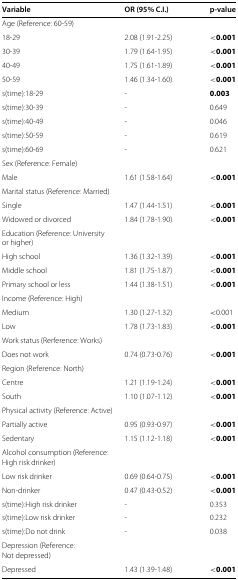
<table><thead><tr><td><b>Variable</b></td><td><b>OR (95% C.I.)</b></td><td><b>p-value</b></td></tr></thead><tbody><tr><td colspan="3">Age (Reference: 60-59)</td></tr><tr><td>18-29</td><td>2.08 (1.91-2.25)</td><td><b>&lt;0.001</b></td></tr><tr><td>30-39</td><td>1.79 (1.64-1.95)</td><td><b>&lt;0.001</b></td></tr><tr><td>40-49</td><td>1.75 (1.61-1.89)</td><td><b>&lt;0.001</b></td></tr><tr><td>50-59</td><td>1.46 (1.34-1.60)</td><td><b>&lt;0.001</b></td></tr><tr><td>s(time):18-29</td><td>-</td><td><b>0.003</b></td></tr><tr><td>s(time):30-39</td><td>-</td><td>0.649</td></tr><tr><td>s(time):40-49</td><td>-</td><td>0.046</td></tr><tr><td>s(time):50-59</td><td>-</td><td>0.619</td></tr><tr><td>s(time):60-69</td><td>-</td><td>0.621</td></tr><tr><td colspan="3">Sex (Reference: Female)</td></tr><tr><td>Male</td><td>1.61 (1.58-1.64)</td><td><b>&lt;0.001</b></td></tr><tr><td colspan="3">Marital status (Reference: Married)</td></tr><tr><td>Single</td><td>1.47 (1.44-1.51)</td><td><b>&lt;0.001</b></td></tr><tr><td>Widowed or divorced</td><td>1.84 (1.78-1.90)</td><td><b>&lt;0.001</b></td></tr><tr><td colspan="3">Education (Reference: University</td></tr><tr><td colspan="3">or higher)</td></tr><tr><td>High school</td><td>1.36 (1.32-1.39)</td><td><b>&lt;0.001</b></td></tr><tr><td>Middle school</td><td>1.81 (1.75-1.87)</td><td><b>&lt;0.001</b></td></tr><tr><td>Primary school or less</td><td>1.44 (1.38-1.51)</td><td><b>&lt;0.001</b></td></tr><tr><td colspan="3">Income (Reference: High)</td></tr><tr><td>Medium</td><td>1.30 (1.27-1.32)</td><td>&lt;0.001</td></tr><tr><td>Low</td><td>1.78 (1.73-1.83)</td><td><b>&lt;0.001</b></td></tr><tr><td colspan="3">Work status (Rerference: Works)</td></tr><tr><td>Does not work</td><td>0.74 (0.73-0.76)</td><td><b>&lt;0.001</b></td></tr><tr><td colspan="3">Region (Reference: North)</td></tr><tr><td>Centre</td><td>1.21 (1.19-1.24)</td><td><b>&lt;0.001</b></td></tr><tr><td>South</td><td>1.10 (1.07-1.12)</td><td><b>&lt;0.001</b></td></tr><tr><td colspan="3">Physical activity (Reference: Active)</td></tr><tr><td>Partially active</td><td>0.95 (0.93-0.97)</td><td><b>&lt;0.001</b></td></tr><tr><td>Sedentary</td><td>1.15 (1.12-1.18)</td><td><b>&lt;0.001</b></td></tr><tr><td colspan="3">Alcohol consumption (Reference:</td></tr><tr><td colspan="3">High risk drinker)</td></tr><tr><td>Low risk drinker</td><td>0.69 (0.64-0.75)</td><td><b>&lt;0.001</b></td></tr><tr><td>Non-drinker</td><td>0.47 (0.43-0.52)</td><td><b>&lt;0.001</b></td></tr><tr><td>s(time):High risk drinker</td><td>-</td><td>0.353</td></tr><tr><td>s(time):Low risk drinker</td><td>-</td><td>0.232</td></tr><tr><td>s(time):Do not drink</td><td>-</td><td>0.038</td></tr><tr><td colspan="3">Depression (Reference:</td></tr><tr><td colspan="3">Not depressed)</td></tr><tr><td>Depressed</td><td>1.43 (1.39-1.48)</td><td><b>&lt;0.001</b></td></tr></tbody></table>